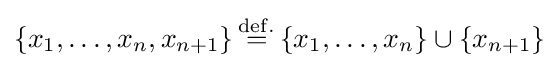
\left\{x_{1},\ldots ,x_{n},x_{n+1}\right\}{\overset {\mathrm {def.} }{=}}\left\{x_{1},\ldots ,x_{n}\right\}\cup \left\{x_{n+1}\right\}